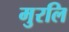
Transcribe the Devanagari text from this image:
मुरलि